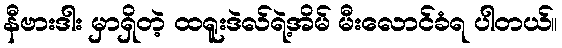
နီဗားဒါး မှာရှိတဲ့ ထရူးဒဲလ်ရဲ့အိမ် မီးလောင်ခံရ ပါတယ်။